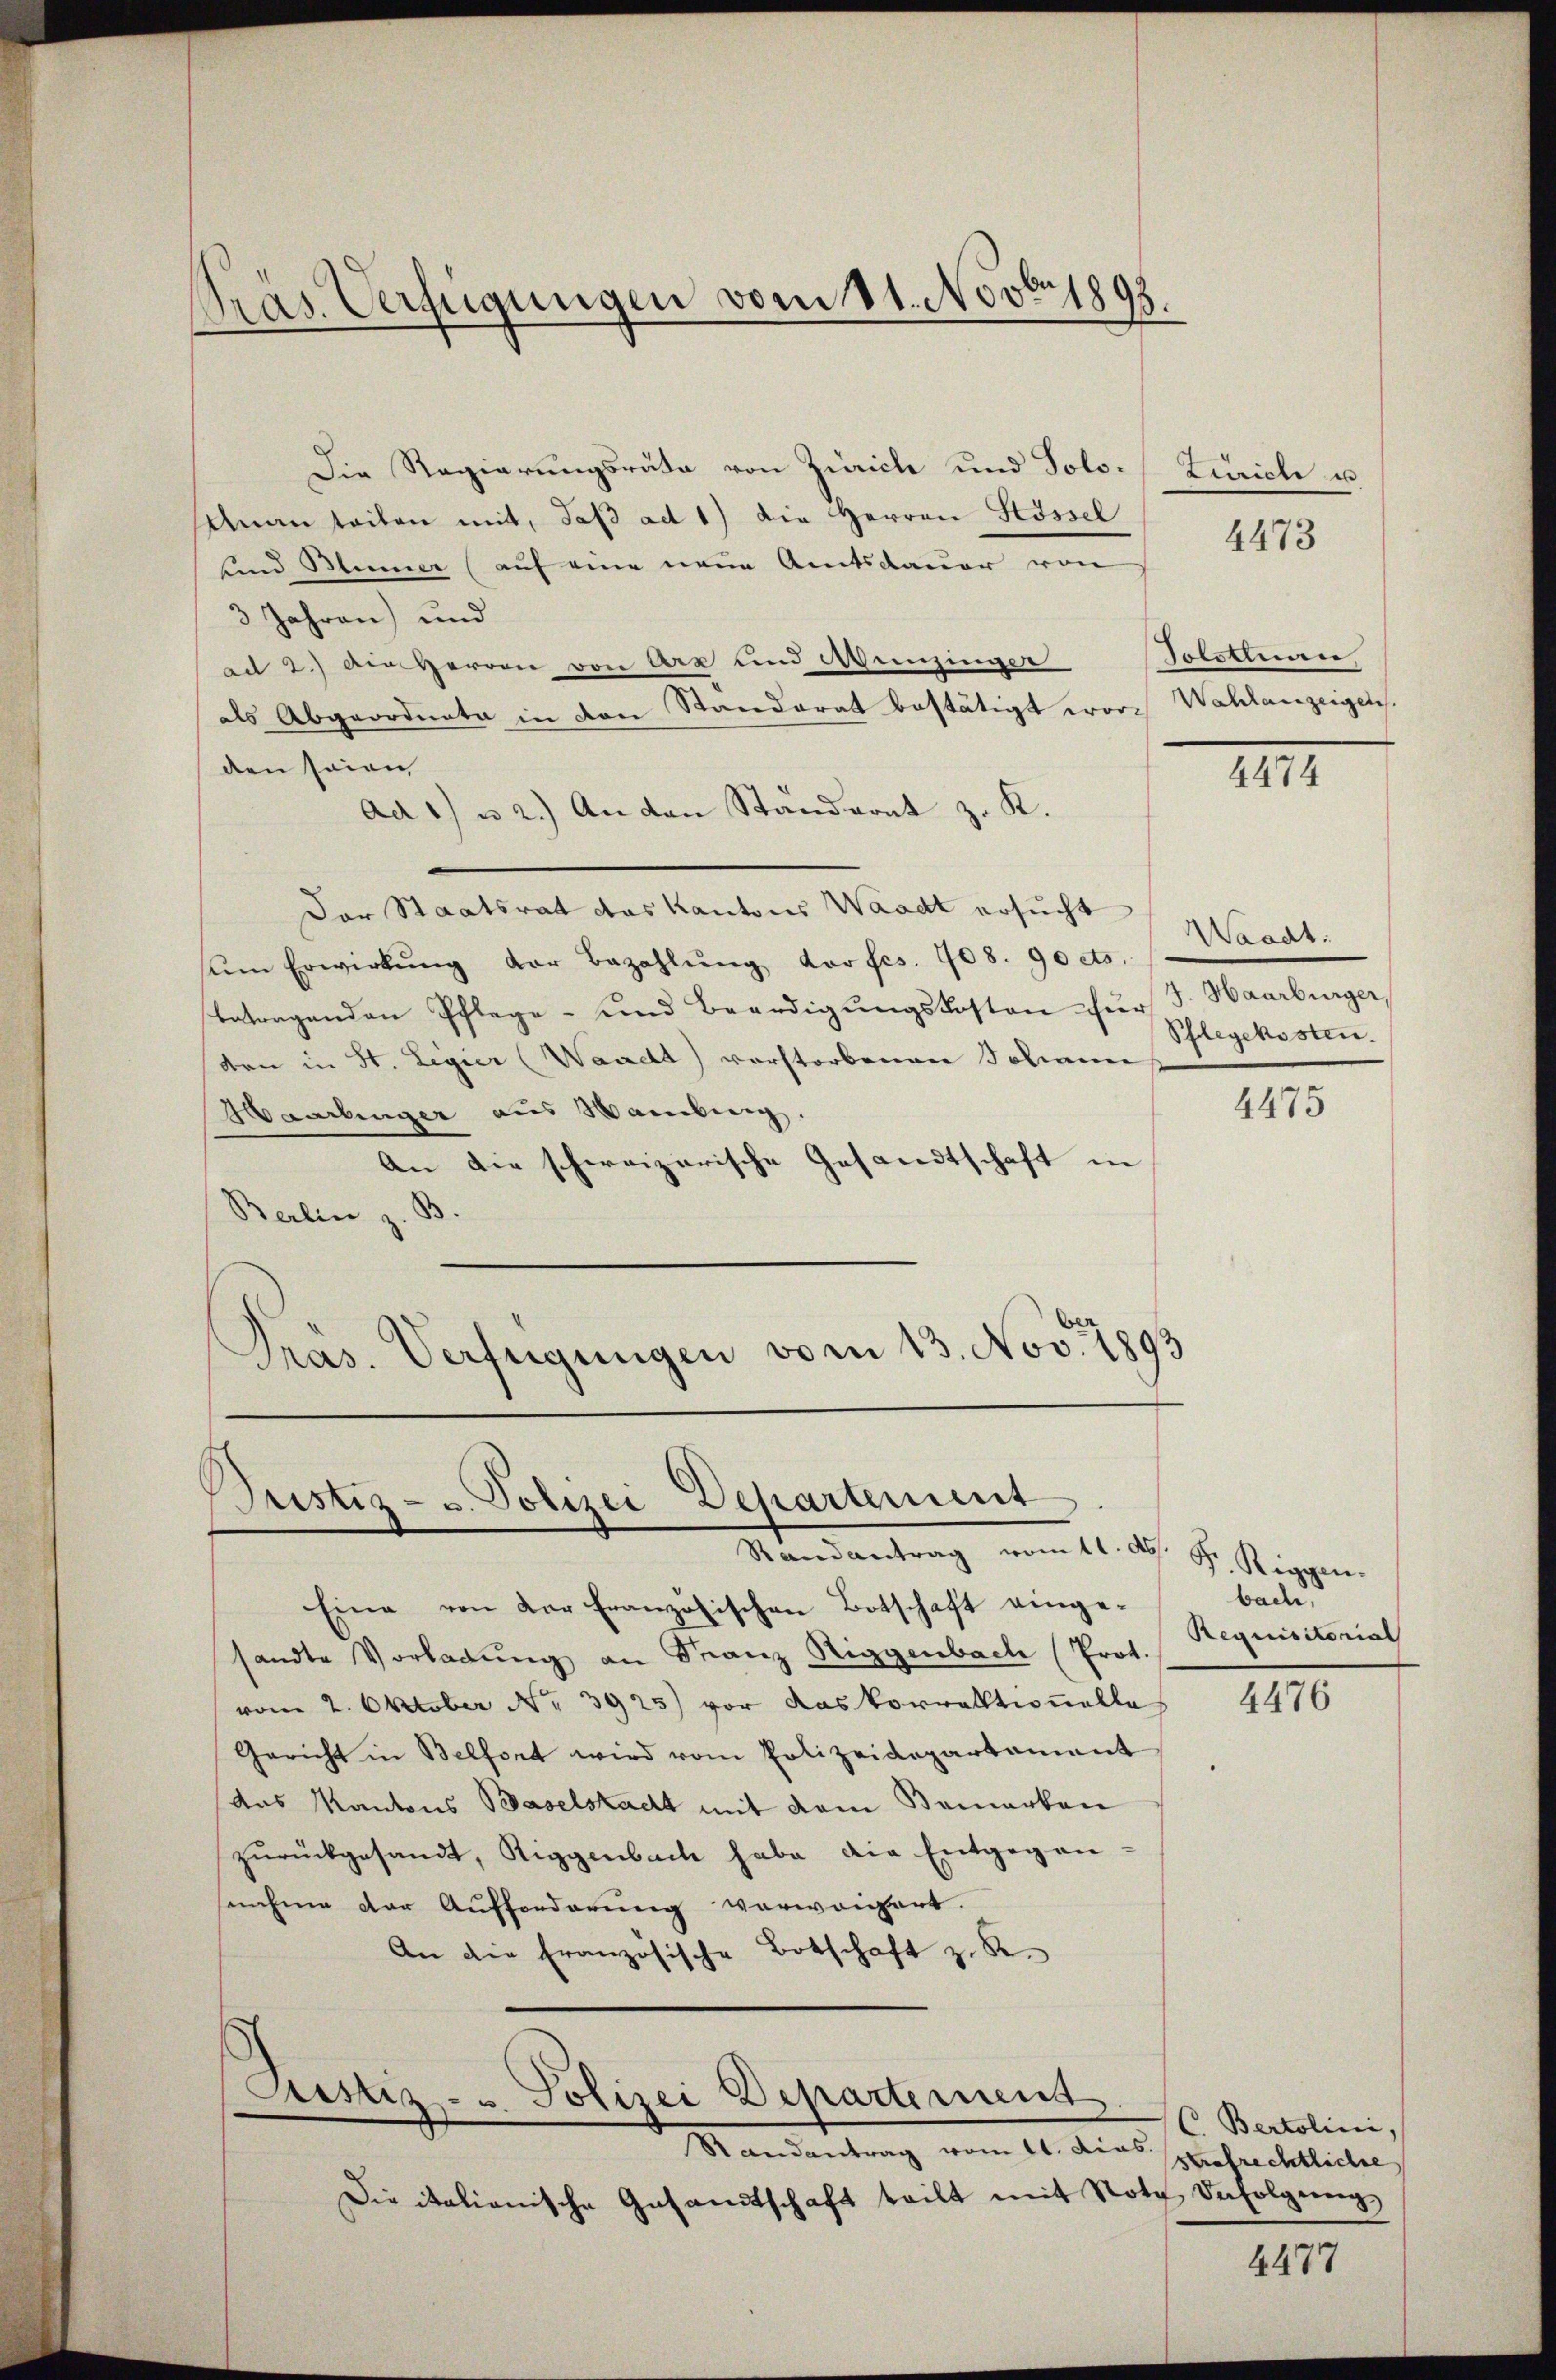
Gras Verfügungen vom 11. Novbr. 1898.

Die Regierungsräte von Zürich und Solo. Zürich u.
Unan teilen mit, daß ad 1) die Herren Stössel
unnd Binner (auf eine neue Amtsdauer von
3 Jahren) und
ad 2.) An Herrn von Arx und Munzinger
als Abgeordnete in den Standerat bestätigt wor- Wahlanzeigen.
den seien
ad 1. u 2.) An den Ständerat z. K.
Der Staatsrat das Kantons Waadt ersucht
ŭm Erwirkŭng der Bezahlŭng dorfes. 908. 90 cts.
betragenden Pflege- und Beerdigungskosten für
von in St. Legier Waadt) vorstorbenen Johann
Haarlinger aus Wambung,
An die schweizerische Gesandtschaft in
Berlin z. B.
Präs. Verfügungen vom 13. Nov. 1893

Justiz- u. Polizei Departement
Mandantrag vom 11. d. J. Stiggen

Justiz- & Polizei Departement

Randantrag vom 11. dies profrechtliche
Die italienische Gesandtschaft teilt mit Note Befolgung,

Eine von der französischen Botschaft einge-
sandte Vorladŭng an Franz Riggenbach (Prot.
vom 2. Oktober Nr. 3925) vor das Vorwaltionelle
Gericht in Belfort wird vom Polizeidepartament
das Kantons Baselstadt mit dem Bemerken
zŭrückgesandt, Riggenbach habe die Entgegen-
sahme der Aufforderung verweigert.
An die französische Botschaft z. R.

4473

Tolsteue

4474

Waadt:
J. Haarburger,
Phlegekosten.

4475

bache
Requisitorial

4476

C. Bertolini,

4477